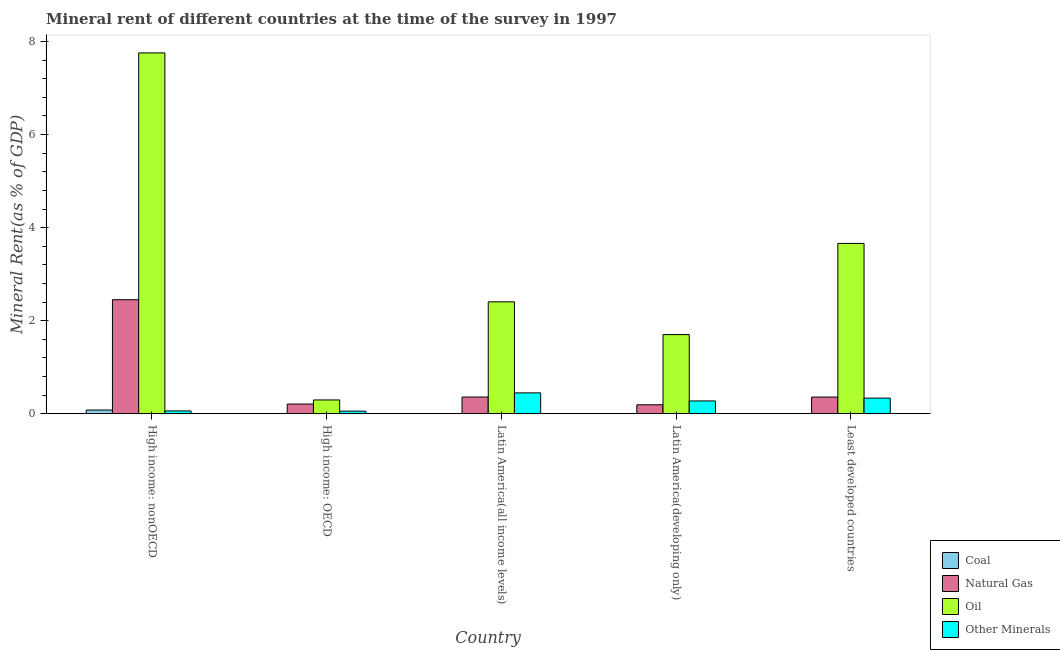
| Country | Coal | Natural Gas | Oil | Other Minerals |
 | --- | --- | --- | --- | --- |
 | High income: nonOECD | 0.0795 | 2.45 | 7.75 | 0.0602 |
 | High income: OECD | 0.00196 | 0.208 | 0.296 | 0.0556 |
 | Latin America(all income levels) | 0.0017 | 0.359 | 2.4 | 0.448 |
 | Latin America(developing only) | 0.00226 | 0.192 | 1.7 | 0.275 |
 | Least developed countries | 0.000273 | 0.358 | 3.66 | 0.336 |